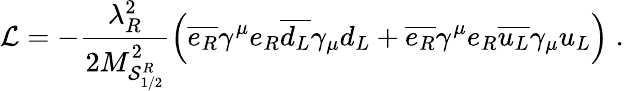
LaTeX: {\cal L}=-\frac{\lambda_{R}^{2}}{2M_{{\cal S}_{1/2}^{R}}^{2}}\left(\overline{{{e_{R}}}}\gamma^{\mu}e_{R}\overline{{{d_{L}}}}\gamma_{\mu}d_{L}+\overline{{{e_{R}}}}\gamma^{\mu}e_{R}\overline{{{u_{L}}}}\gamma_{\mu}u_{L}\right)\; .